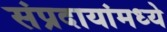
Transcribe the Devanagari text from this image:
संप्रदायांमध्ये